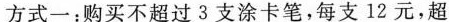
方式一：购买不超过3支涂卡笔，每支12元，超